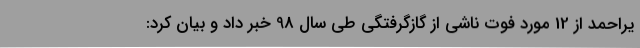
یراحمد از 12 مورد فوت ناشی از گازگرفتگی طی سال 98 خبر داد و بیان کرد: